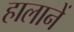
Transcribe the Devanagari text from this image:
हालानें